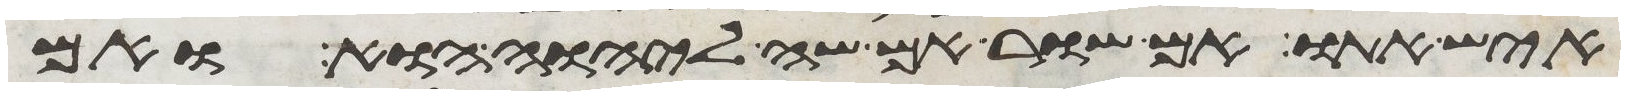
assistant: איש אתו אם שור אם שה ליהוה הוא ואם